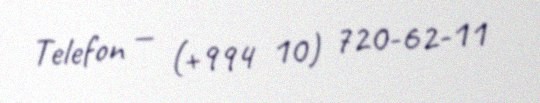
Telefon — (+994 10) 720-62-11